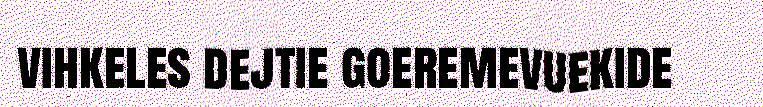
vihkeles dejtie goeremevuekide